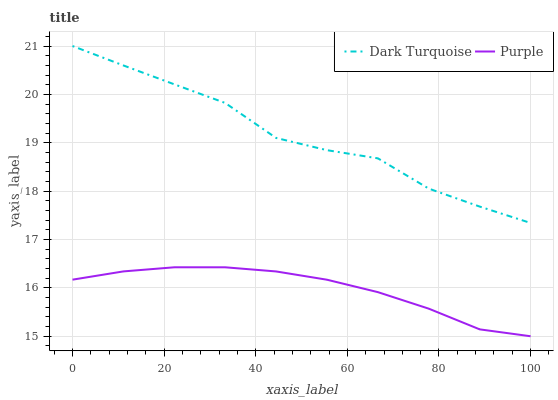
| xaxis_label | Dark Turquoise | Purple |
 | --- | --- | --- |
 | 0 | 21 | 16.2 |
 | 11.1 | 20.6 | 16.3 |
 | 22.2 | 20.2 | 16.4 |
 | 33.3 | 19.8 | 16.4 |
 | 44.4 | 19.1 | 16.3 |
 | 55.6 | 18.8 | 16.2 |
 | 66.7 | 18.7 | 15.9 |
 | 77.8 | 18.1 | 15.6 |
 | 88.9 | 17.7 | 15.1 |
 | 100 | 17.3 | 15 |